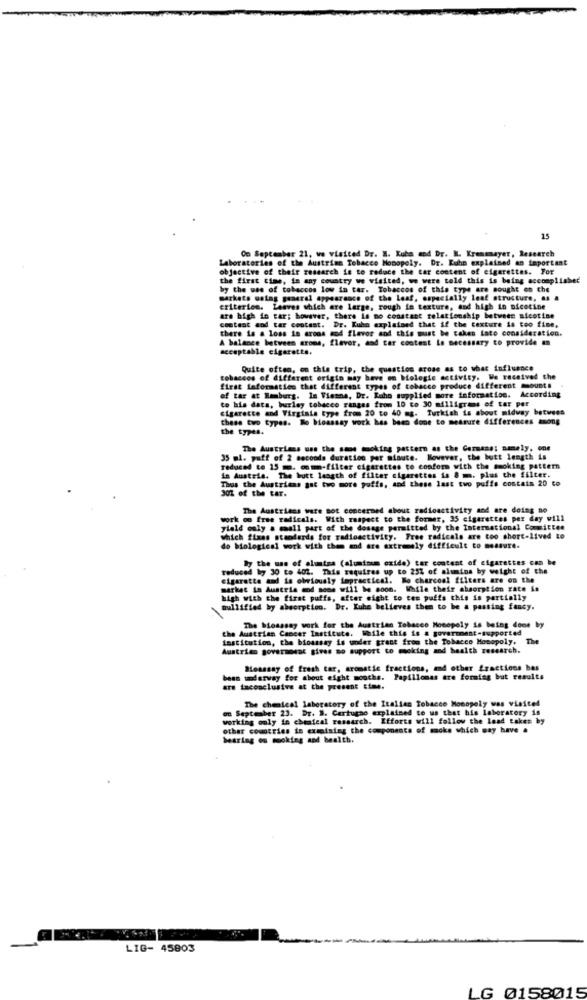
15
On September 21, we visited Dr. B. Kuba end Dr. B. Kremmayer, Research
Laboratories of the Austrian Tobacco Monopoly. Dr. Kuhn explained an Important
objective of their research is to reduce the car content of cigarettes. For
the first time, in any country we visited, we were told this is being accomplishet
by the use of tobaccos low in tar. Tobaccos of this type are sought on the
markets using general appearance of the Leaf, especially leaf structure, as a
criterion. Leaves which are large, rough in texture, and high in nicotine
are bigh ia car; however, there is no constant relationship between nicotine
content and tar contest. Dr. Kuhn explained that if the texture is too fine,
there is a loss in arons mod flavor and this must be cakes Lato consideration.
A balance between aroma, flavor, and car content Le necessary to provide an
acceptable cigarette,
Quite often, on this trip, the question aross as to what influence
tobaccos of different origin may have on biologie activity. We received the
first laformation that different types of tobacco produce different mounts
of tar at Hamburg. In Vienna, Dr. Ruhe supplied more information. According
to his data, burley tobacco ranges from 10 to 30 milligrams of tar per
cigarette and Virginia type from 20 to 40 mg. Turkish is about midway between
these two types. So bioassay work has been done to measure differences among
the types.
The Austrians use the same mmoking pattern as the Germans: aamely, one
35 ml. puff of 2 seconds duration per minute. However, the butt length is
reduced to 15 mm. comm-filter cigarettes to conform with the smoking pattern
in Austria. The hutt length of filter cigarettes is 8 m. plus the filter.
Thus the Austrians got two more puffs, and these last two puffs contain 20 to
301 of the tar.
The Austrians were not concerned about radioactivity and are doing no
work oo free radicals. With respect to the former, 35 cigarettes per day will
yield only a small part of the dosage permitted by the International Committee
which fixes standards for radioactivity. Free radicals are too short-lived to
do biological work with them and are extremely difficult to measure.
by the use of aluntsa (aluminum oxide) tar content of cigarettes can be
by 30 to 402. This requires up to 25% of alumina by weight of the
reduced 17 30
cigarette and is obviously impractical. Ro charcoal filters are on the
market in Austria and some will be soon. While their absorption rate is
high with the first puffs, after eight to tes puffa this is partially
nullified by absorption. Dr. Kuhe believes then to be a passing fancy.
the Austrian Cancer Institute. While this is a government-supported
The bioassay work for the Austrian Tobacco Monopoly is being done by
institution, the bioassay is under grant from the Tobacco Monopoly. The
Austrian government gives no support to moking and health research.
Boasany of fresh tar, aromatic fractions, and other fractions bes
bean umdarway for about eight months. Papillomas are forming but results
are taconclusive at the present time.
The chemical laboratory of the Italian Tobacco Monopoly was visited
on September 23. Dr. B. Cartugno explained to us that his laboratory is
working only in cheateal research. Efforts will follow the lead taken by
other countries in cxmeining the components of moke which may have a
bearing os mookieg and health.
LIG- 45803
LG 0158015